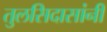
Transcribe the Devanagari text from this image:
तुलसिदासांनी